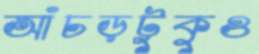
আঁচড়টুকুও